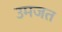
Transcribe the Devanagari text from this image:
उमजत